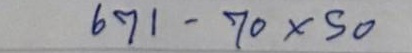
671 - 70 x 50